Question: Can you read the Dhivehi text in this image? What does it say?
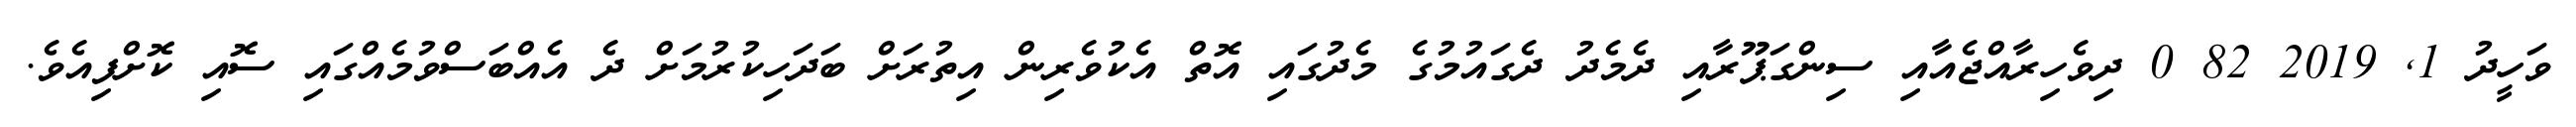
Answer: ވަހީދު 1, 2019 82 0 ދިވެހިރާއްޖެއާއި ސިންގަޕޫރާއި ދެމެދު ދެގައުމުގެ މެދުގައި އޮތް އެކުވެރިން އިތުރަށް ބަދަހިކުރުމަށް ދެ އެއްބަސްވުމެއްގައި ސޮއި ކޮށްފިއެވެ.